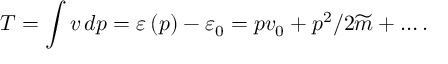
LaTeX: T = \int v \, d p = \varepsilon \left( p \right) - \varepsilon _ { 0 } = p v _ { 0 } + p ^ { 2 } / 2 \widetilde { m } + \ldots .